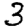
Digit: 3